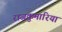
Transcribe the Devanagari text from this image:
राजकुमारियां